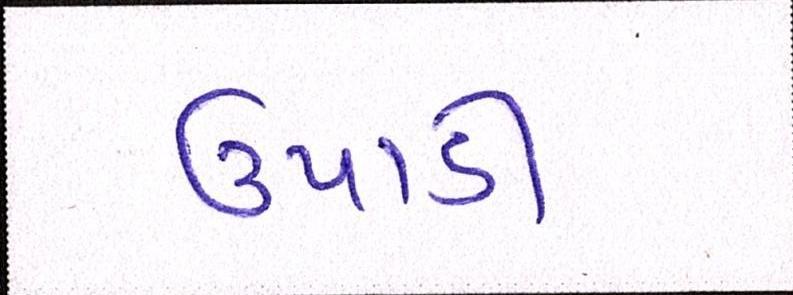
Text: ઉપાડી